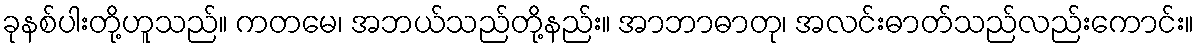
ခုနစ်ပါးတို့ဟူသည်။ ကတမေ၊ အဘယ်သည်တို့နည်း။ အာဘာဓာတု၊ အလင်းဓာတ်သည်လည်းကောင်း။